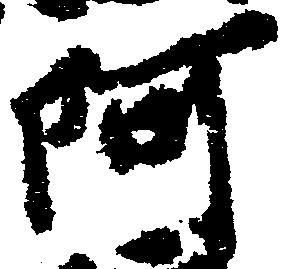
阿